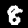
Digit: 8